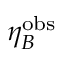
\eta _ { B } ^ { \mathrm { o b s } }